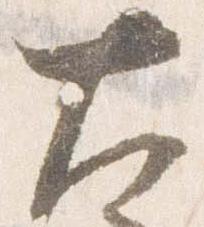
大